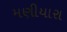
મણીયારા